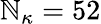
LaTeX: \mathbb{N}_{\kappa}=52